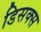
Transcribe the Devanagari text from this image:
डिसक्स